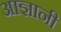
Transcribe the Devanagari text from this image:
आज्ञानी